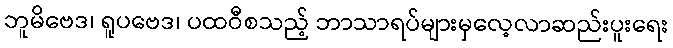
ဘူမိဗေဒ၊ ရူပဗေဒ၊ ပထဝီစသည့် ဘာသာရပ်များမှလေ့လာဆည်းပူးရေး